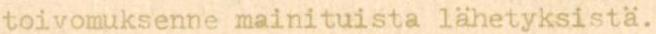
toivomuksenne mainituista lähetyksistä.